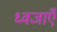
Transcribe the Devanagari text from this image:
ध्वजाएँ